Lunatic asylums Punjab 1911-1921 - 1911-1921
Year: 1911
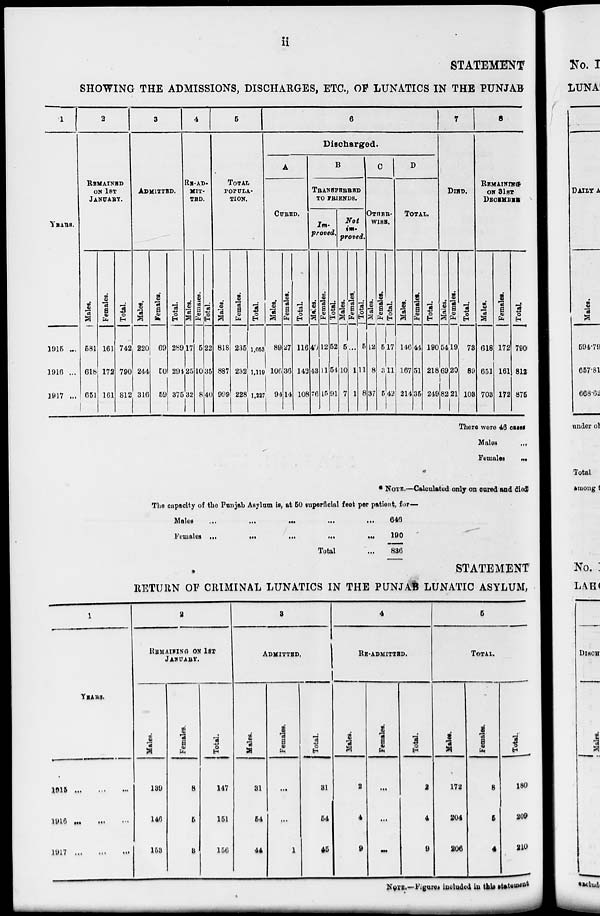
ii
STATEMENT
SHOWING THE ADMISSIONS, DISCHARGES, ETC., OF LUNATICS IN THE PUNJAB
1
YEARS.
1915 ...
1916 ...
1917 ...
2
REMAINED
ON 1ST
JANUARY.
Males.
581
618
651
Females.
161
172
161
Total.
742
790
812
3
ADMITTED.
Males.
220
244
316
Females.
69
50
59
Total.
289
294
375
4
RE-AD-
MIT-
TED.
Males.
17
25
32
Females.
5
10
8
Total.
22
35
40
5
TOTAL
POPULA-
TION.
Males.
818
887
999
Females.
235
232
228
Total.
1,053
1,119
1,227
6
Discharged.
A
CURED.
Males.
89
106
94
Females.
27
36
14
Total.
116
143
108
B
TRANSFERRED
TO FRIENDS.
Im-
proved.
Males.
40
43
76
Females.
12
11
15
Total.
52
54
91
Not
im-
proved.
Males.
5
10
7
Females.
...
1
1
Total.
5
11
8
C
OTHER-
WISE.
Males.
12
8
37
Females.
5
3
5
Total.
17
11
42
D
TOTAL.
Males.
146
167
214
Females.
44
51
35
Total.
190
218
249
7
DIED.
Males.
54
69
82
Females.
19
20
21
Total.
73
89
103
8
REMAINING
ON 31ST
DECEMBER.
Males.
618
651
703
Females.
172
161
172
Total.
790
812
875
There were 46 cases
Males
...
Females ...
* NOTE.—Calculated only on cured and died
The capacity of the Punjab Asylum is, at 50 superficial feet per patient, for—
Males
...
...
...
...
...
Females ... ... ... ... ...
Total ...
646
190
886
STATEMENT
RETURN OF CRIMINAL LUNATICS IN THE PUNJAB LUNATIC ASYLUM,
1
YEARS.
1915
...
...
...
1916
...
...
...
1917
...
...
...
2
REMAINING ON 1ST
JANUARY.
Males.
139
146
153
Females.
8
5
3
Total.
147
151
156
3
ADMITTED.
Males.
31
54
44
Females.
...
...
1
Total.
31
54
45
4
RE-ADMITTED.
Males.
2
4
9
Females.
...
...
...
Total.
2
4
9
5
TOTAL.
Males.
172
204
206
Females.
8
5
4
Total.
180
209
210
NOTE.—Figures included in this statement